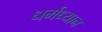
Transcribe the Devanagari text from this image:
धर्मध्यान